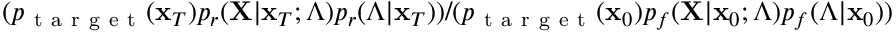
( p _ { \mathrm { ~ t ~ a ~ r ~ g ~ e ~ t ~ } } ( \mathbf { x } _ { T } ) p _ { r } ( \mathbf { X } | \mathbf { x } _ { T } ; \Lambda ) p _ { r } ( \Lambda | \mathbf { x } _ { T } ) ) / ( p _ { \mathrm { ~ t ~ a ~ r ~ g ~ e ~ t ~ } } ( \mathbf { x } _ { 0 } ) p _ { f } ( \mathbf { X } | \mathbf { x } _ { 0 } ; \Lambda ) p _ { f } ( \Lambda | \mathbf { x } _ { 0 } ) )